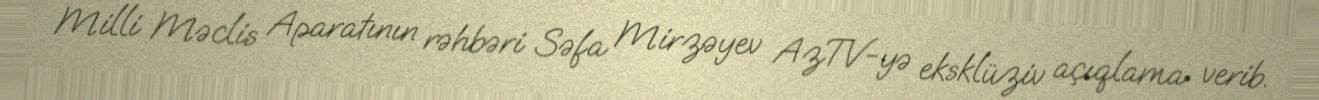
Milli Məclis Aparatının rəhbəri Səfa Mirzəyev AzTV-yə eksklüziv açıqlama verib.